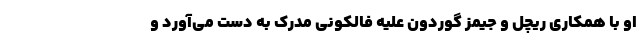
او با همکاری ریچل و جیمز گوردون علیه فالکونی مدرک به دست می‌آورد و